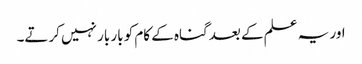
اور یہ علم کے بعد گناہ کے کام کو بار بار نہیں کرتے۔